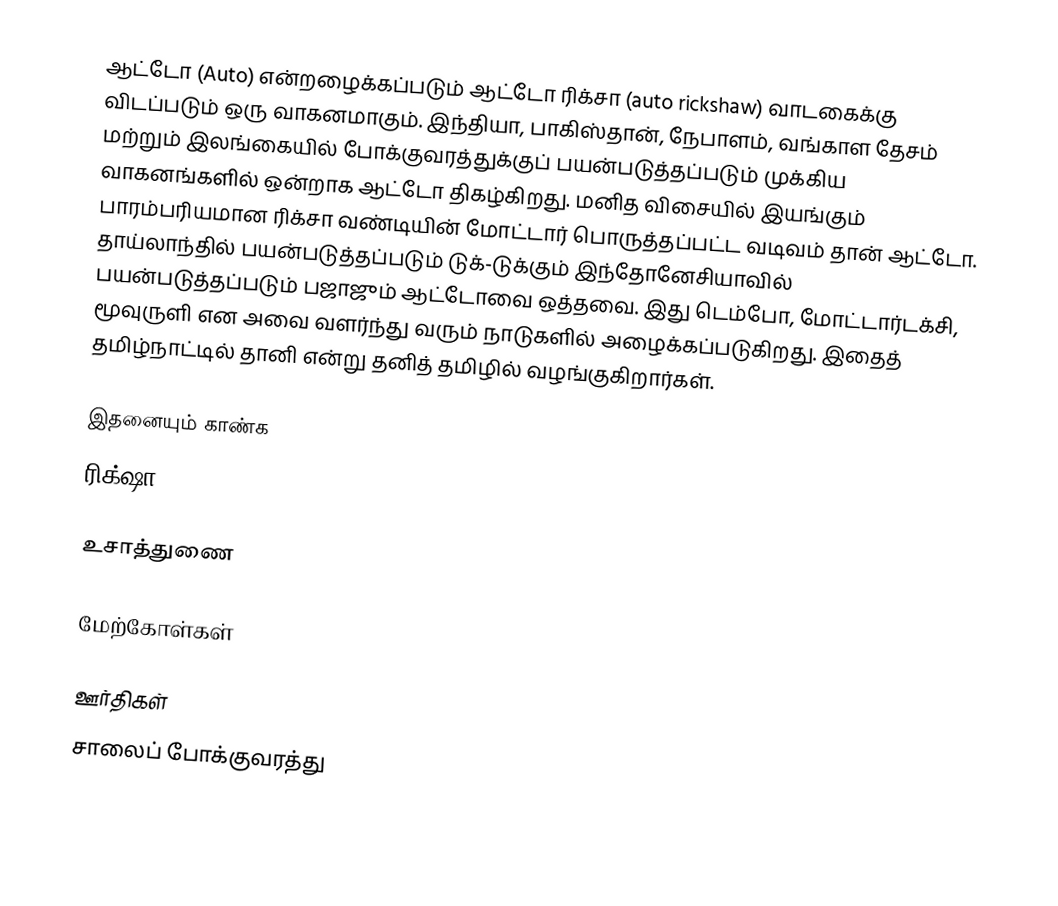
ஆட்டோ (Auto) என்றழைக்கப்படும் ஆட்டோ ரிக்சா (auto rickshaw) வாடகைக்கு விடப்படும் ஒரு வாகனமாகும். இந்தியா, பாகிஸ்தான், நேபாளம், வங்காள தேசம் மற்றும் இலங்கையில் போக்குவரத்துக்குப் பயன்படுத்தப்படும் முக்கிய வாகனங்களில் ஒன்றாக ஆட்டோ திகழ்கிறது. மனித விசையில் இயங்கும் பாரம்பரியமான ரிக்சா வண்டியின் மோட்டார் பொருத்தப்பட்ட வடிவம் தான் ஆட்டோ. தாய்லாந்தில் பயன்படுத்தப்படும் டுக்-டுக்கும் இந்தோனேசியாவில் பயன்படுத்தப்படும் பஜாஜும் ஆட்டோவை ஒத்தவை. இது டெம்போ, மோட்டார்டக்சி, மூவுருளி என அவை வளர்ந்து வரும் நாடுகளில் அழைக்கப்படுகிறது. இதைத் தமிழ்நாட்டில் தானி என்று தனித் தமிழில் வழங்குகிறார்கள்.

இதனையும் காண்க
 ரிக்‌ஷா

உசாத்துணை

மேற்கோள்கள்

ஊர்திகள்
சாலைப் போக்குவரத்து